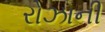
રોઝાની